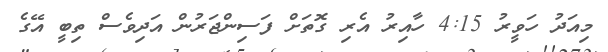
މިއަދު ހަވީރު 4:15 ހާއިރު އެރި ގޮތަށް ފަސިންޖަރުން އަދިވެސް ތިބީ އޭގެ